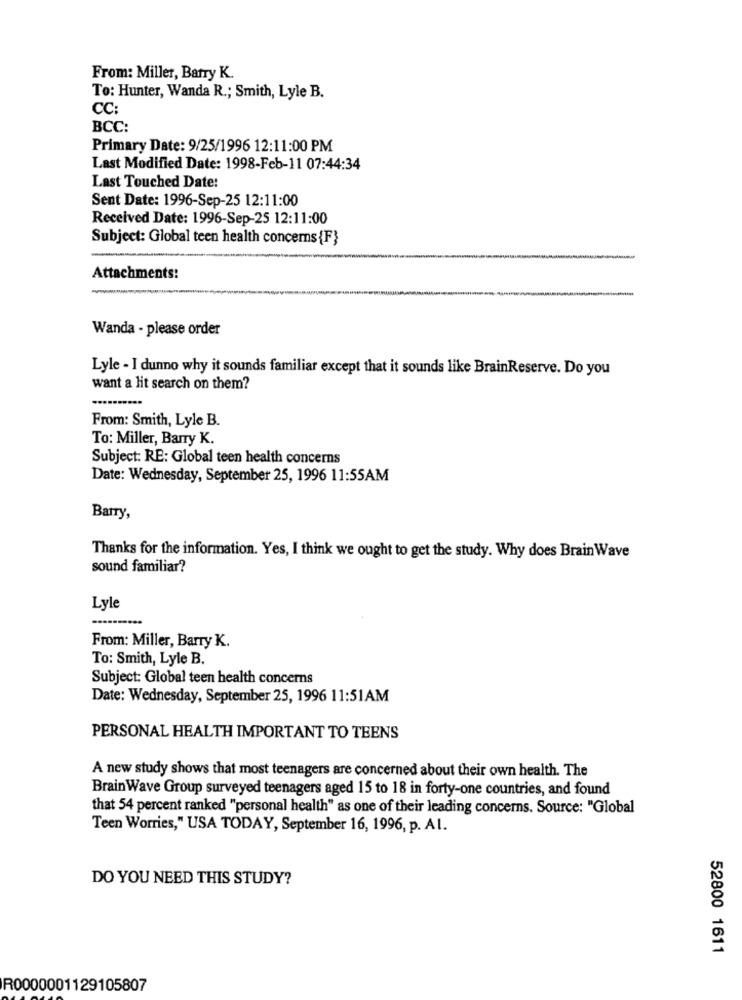
From: Miller, Barry K.
To: Hunter, Wanda R .; Smith, Lyle B.
CC:
BCC:
Primary Date: 9/25/1996 12:11:00 PM
Last Modified Date: 1998-Feb-11 07:44:34
Last Touched Date:
Sent Date: 1996-Sep-25 12:11:00
Received Date: 1996-Sep-25 12:11:00
Subject: Global teen health concerns {F}
Attachments:
Wanda - please order
Lyle - I dunno why it sounds familiar except that it sounds like BrainReserve. Do you
want a lit search on them?
From: Smith, Lyle B.
To: Miller, Barry K.
Subject: RE: Global teen health concerns
Date: Wednesday, September 25, 1996 11:55AM
Barry,
Thanks for the information. Yes, I think we ought to get the study. Why does BrainWave
sound familiar?
Lyle
From: Miller, Barry K.
To: Smith, Lyle B.
Subject: Global teen health concerns
Date: Wednesday, September 25, 1996 11:51AM
PERSONAL HEALTH IMPORTANT TO TEENS
A new study shows that most teenagers are concerned about their own health. The
Brain Wave Group surveyed teenagers aged 15 to 18 in forty-one countries, and found
that 54 percent ranked "personal health" as one of their leading concerns. Source: "Global
Teen Worries," USA TODAY, September 16, 1996, p. Al.
DO YOU NEED THIS STUDY?
52800 1611
R0000001129105807